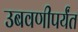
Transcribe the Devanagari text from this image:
उबवणीपर्यंत